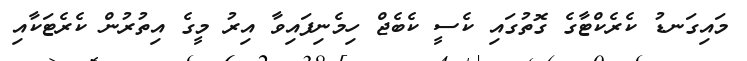
މައިގަނޑު ކެރެކްޓާގެ ގޮތުގައި ކެސީ ކެބެޖް ހިމެނިފައިވާ އިރު މީގެ އިތުރުން ކެރެޓަކާއި